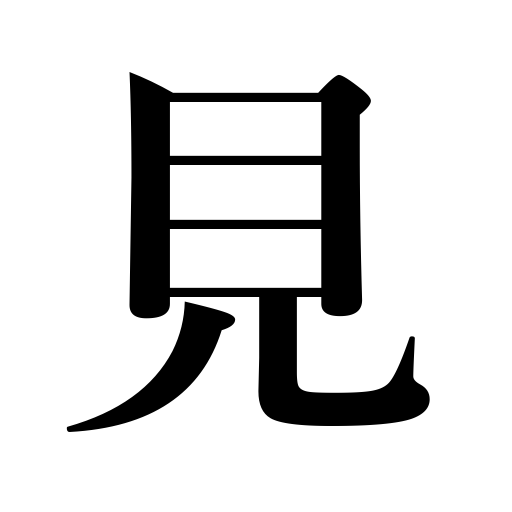
Meanings: regard as,look like,care for,ideas,be in sight,appear,hopes,witness,be found,look at,chances,seem,sightsee,look through,opinion,be seen,show up,consult a lexicon,see,observe,test,be visible,come,try,estimate,examine,tell one’s future